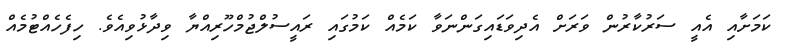
ކަމަށާއި އެއީ ސަރުކާރުން ވަރަށް އެދިވަޑައިގަންނަވާ ކަމެއް ކަމުގައި ރައީސުލްޖުމްހޫރިއްޔާ ވިދާޅުވިއެވެ. ހިފެހެއްޓުމެއް